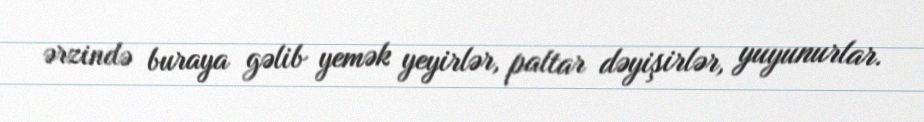
ərzində buraya gəlib yemək yeyirlər, paltar dəyişirlər, yuyunurlar.